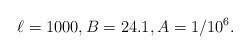
LaTeX: \begin{align*}\ell = 1000, B = 24.1, A = 1/10^6. \end{align*}